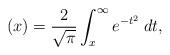
LaTeX: \begin{align*}(x) = \frac{2}{\sqrt{\pi}} \int_x^{\infty} e^{-t^2} \; dt,\end{align*}